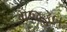
મજહબ